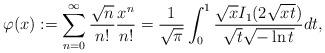
LaTeX: \begin{align*}\varphi(x):=\sum_{n=0}^{\infty} \frac{\sqrt{n}}{n!}\frac{x^n}{n!}=\frac{1}{\sqrt{\pi}} \int_0^1 \frac{\sqrt{x} I_1(2 \sqrt{x t})}{\sqrt{t} \sqrt{-\ln t}}dt,\end{align*}